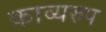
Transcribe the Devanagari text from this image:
काव्यरुप